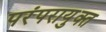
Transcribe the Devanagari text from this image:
परंपरायुक्त